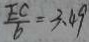
\frac { E C } { b } = 3 . 4 9